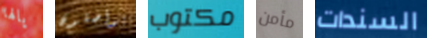
يالها يواصلون مكتوب مأمن السندات